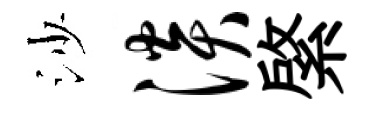
沙淡綮